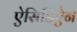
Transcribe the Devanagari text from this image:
ऐसिडिऐन